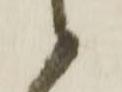
候